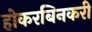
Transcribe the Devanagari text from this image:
होकरबिनकरी